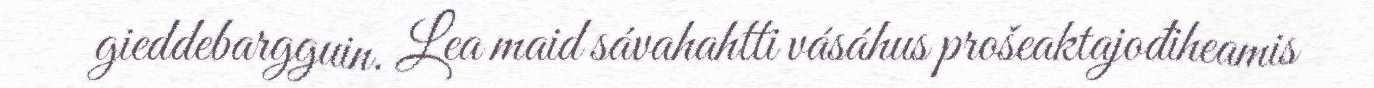
gieddebargguin. Lea maid sávahahtti vásáhus prošeaktajođiheamis